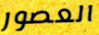
العصور